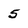
Character: 5